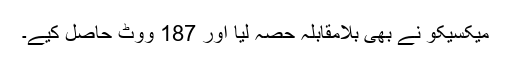
میکسیکو نے بھی بلامقابلہ حصہ لیا اور 187 ووٹ حاصل کیے۔